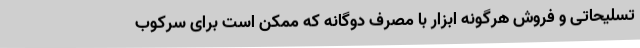
تسلیحاتی و فروش هرگونه ابزار با مصرف دوگانه که ممکن است برای سرکوب